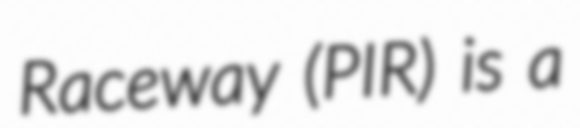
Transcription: Raceway (PIR) is a